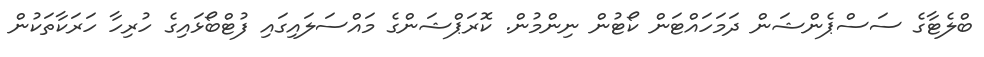
ބްލެޓާގެ ސަސްޕެންޝަން ދަމަހައްޓަން ކޯޓުން ނިންމުން. ކޮރަޕްޝަންގެ މައްސަލައިގައި ފުޓްބޯޅައިގެ ހުރިހާ ހަރަކާތަކުން